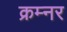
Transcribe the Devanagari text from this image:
क्रम्नर